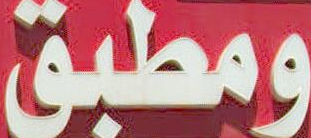
ومطبق